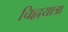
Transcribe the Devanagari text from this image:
चिह्लयात्रा